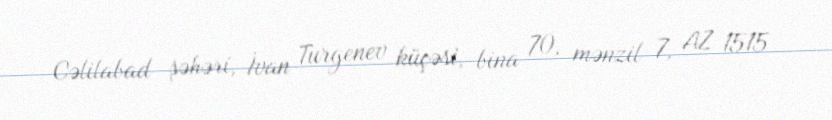
Cəlilabad şəhəri, İvan Turgenev küçəsi, bina 70, mənzil 7, AZ 1515